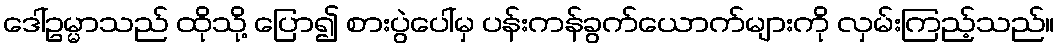
ဒေါ်ဥမ္မာသည် ထိုသို့ ပြော၍ စားပွဲပေါ်မှ ပန်းကန်ခွက်ယောက်များကို လှမ်းကြည့်သည်။